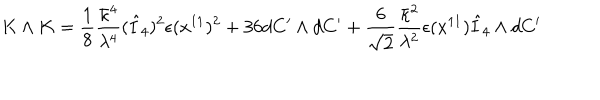
LaTeX: K \wedge K = \frac { 1 } { 8 } \frac { \bar { \kappa } ^ { 4 } } { \lambda ^ { 4 } } ( \hat { I } _ { 4 } ) ^ { 2 } \epsilon ( x ^ { 1 1 } ) ^ { 2 } + 3 6 d C ^ { \prime } \wedge d C ^ { \prime } + \frac { 6 } { \sqrt { 2 } } \frac { \bar { \kappa } ^ { 2 } } { \lambda ^ { 2 } } \epsilon ( x ^ { 1 1 } ) \hat { I } _ { 4 } \wedge d C ^ { \prime }